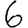
Digit: 6